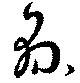
縣